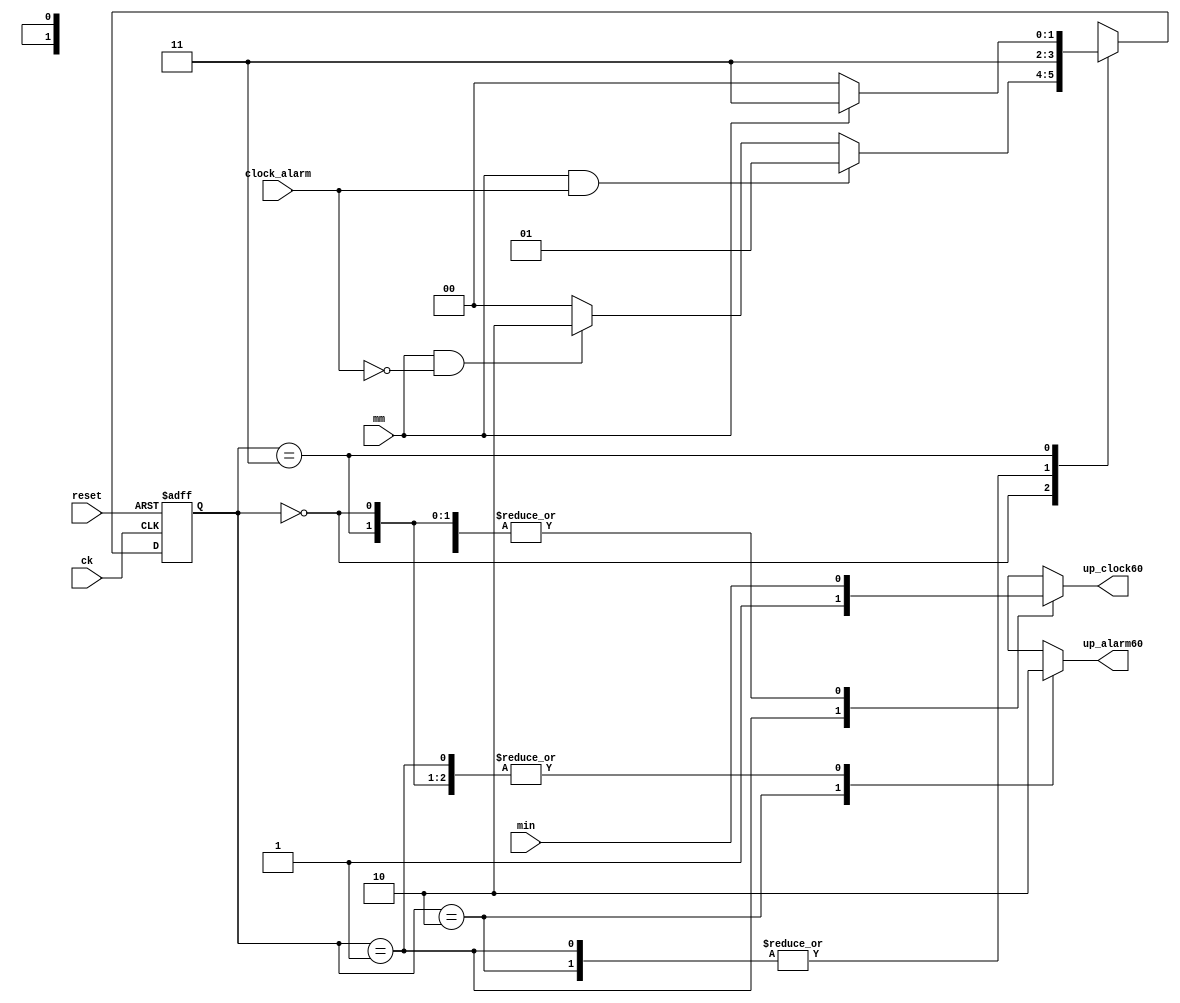
`timescale 1ns/1ps

module mm_control(
    input ck, reset,
    input mm,
    input clock_alarm, min,
    output reg up_clock60, up_alarm60
);

    parameter [1:0]
        IDLE = 0,
        UP_CLOCK = 1,
        UP_ALARM = 2,
        WAIT = 3;
    reg [1:0] state, state_next;

    always @(posedge ck, posedge reset) begin
        if (reset) state <= IDLE;
        else state <= state_next;
    end

    always @(state, clock_alarm, mm) begin
        case (state)
            IDLE: begin
                if (mm && clock_alarm) state_next = UP_CLOCK;
                else if (mm && !clock_alarm) state_next = UP_ALARM;
                else state_next = IDLE;
            end
            UP_CLOCK: state_next = WAIT;
            UP_ALARM: state_next = WAIT;
            WAIT: begin
                if (mm) state_next = WAIT;
                else state_next = IDLE;
            end
            default: state_next = IDLE;
        endcase
    end

    always @(state, min) begin
        case (state)
            IDLE: begin
                up_clock60 = min;
                up_alarm60 = 0;
            end
            UP_CLOCK: begin
                up_clock60 = 1;
                up_alarm60 = 0;
            end
            UP_ALARM: begin
                up_clock60 = min;
                up_alarm60 = 1;
            end
            WAIT: begin
                up_clock60 = min;
                up_alarm60 = 0;
            end
            default: begin
                up_clock60 = min;
                up_alarm60 = 0;
            end
        endcase
    end

endmodule